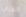
العزاب